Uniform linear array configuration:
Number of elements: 32
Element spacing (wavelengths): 0.5
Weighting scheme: exponential
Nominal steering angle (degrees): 15
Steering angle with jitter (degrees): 15.171
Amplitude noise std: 0.05
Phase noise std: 0.05

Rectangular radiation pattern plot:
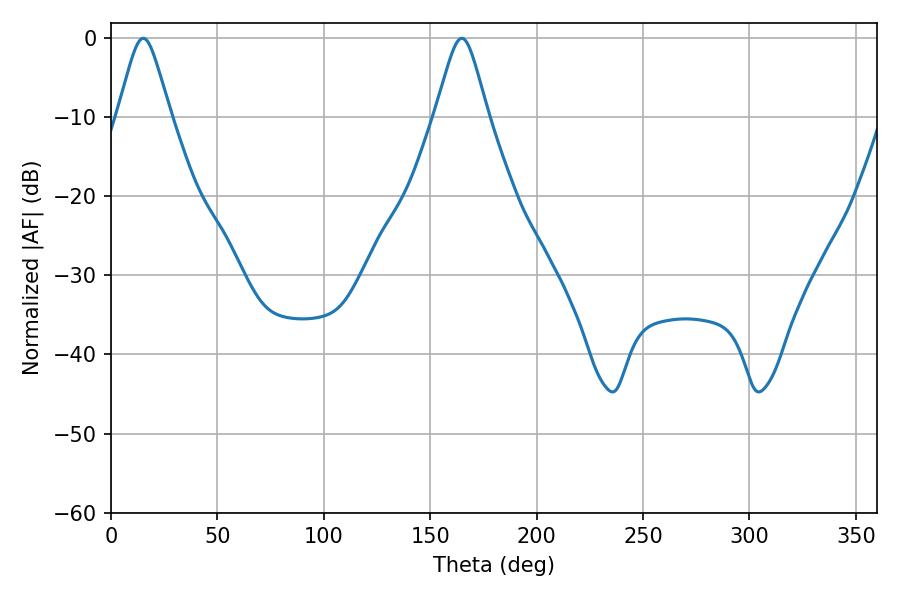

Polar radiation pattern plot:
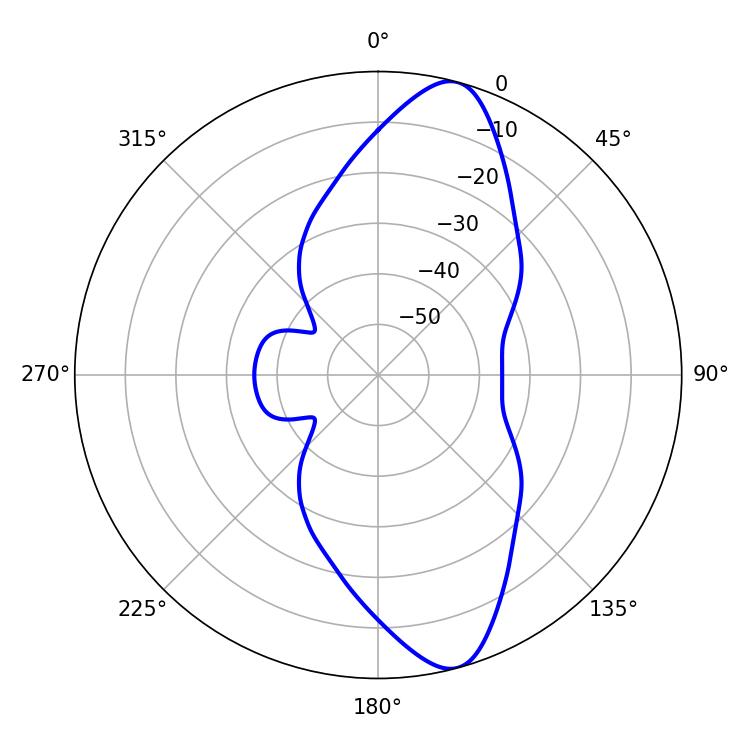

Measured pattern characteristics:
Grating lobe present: FALSE
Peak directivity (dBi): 11.749
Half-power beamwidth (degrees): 11.88
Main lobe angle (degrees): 15.12